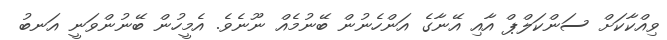
ވިއްކާކަށް ސަންކަލްޕް އާއި އޭނާގެ އަންހެނުން ބޭނުމެއް ނޫނެވެ. އެމީހުން ބޭނުންވަނީ އަނބު